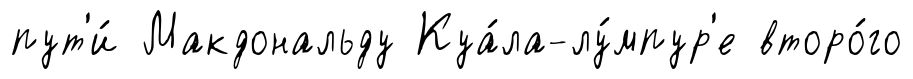
пут'и́ Макдональду Куа́ла-лу́мпур'е второ́го